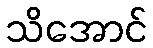
သိအောင်